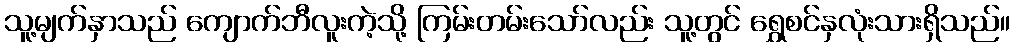
သူ့မျက်နှာသည် ကျောက်ဘီလူးကဲ့သို့ ကြမ်းတမ်းသော်လည်း သူ့တွင် ရွှေစင်နှလုံးသားရှိသည်။